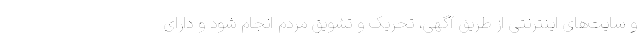
و سایت‌های اینترنتی از طریق آگهی، تحریک و تشویق مردم انجام شود و دارای